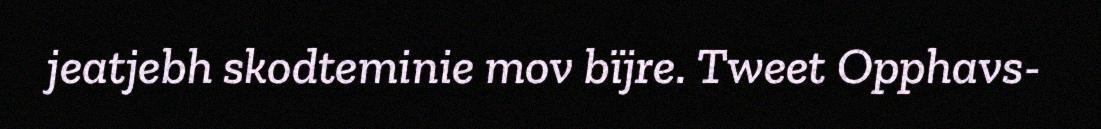
jeatjebh skodteminie mov bïjre. Tweet Opphavs-